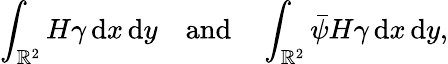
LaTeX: \int_{\mathbb{R}^{2}}H\gamma\, \mathrm{d}x\, \mathrm{d}y\quad\textrm{and}\quad\int_{\mathbb{R}^{2}}\bar{\psi}H\gamma\, \mathrm{d}x\, \mathrm{d}y,